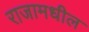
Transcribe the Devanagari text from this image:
राजामधील